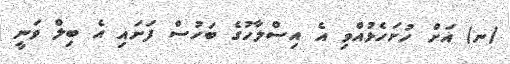
(ނ) އަށް ހުށަހެޅުއްވި އެ އިސްލާހުގެ ބަހުސް ފަށައި އެ ބިލް ވަނީ